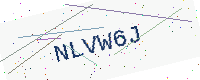
Text: NLVW6J